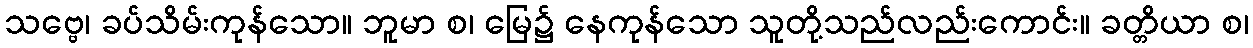
သဗ္ဗေ၊ ခပ်သိမ်းကုန်သော။ ဘူမာ စ၊ မြေ၌ နေကုန်သော သူတို့သည်လည်းကောင်း။ ခတ္တိယာ စ၊